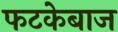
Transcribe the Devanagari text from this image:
फटकेबाज